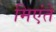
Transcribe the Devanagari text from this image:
मिएंते